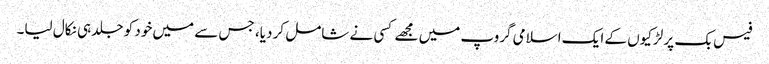
فیس بک پر لڑکیوں کے ایک اسلامی گروپ میں مجھے کسی نے شامل کر دیا، جس سے میں خود کو جلد ہی نکال لیا۔